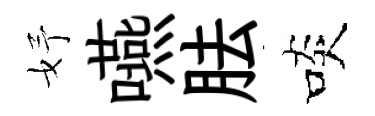
妤嚥胠啖